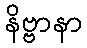
နိဗ္ဗာနာ